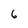
Character: 6